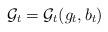
LaTeX: \begin{align*} \mathcal{G}_t=\mathcal{G}_t(g_t,b_t)\end{align*}